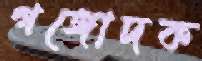
গঙ্গোদক